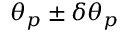
\theta _ { \boldsymbol { p } } \pm \delta \theta _ { p }